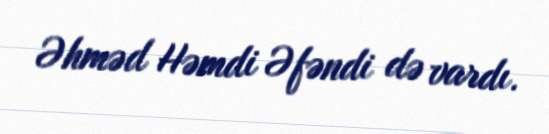
Əhməd Həmdi Əfəndi də vardı.